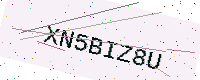
Text: XN5BIZ8U